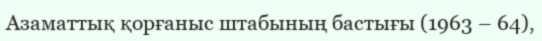
Азаматтық қорғаныс штабының бастығы (1963 – 64),